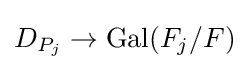
D_{P_{j}}\to \operatorname {Gal} (F_{j}/F)